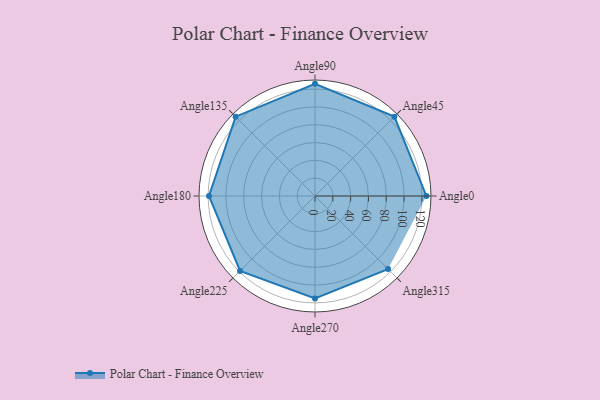
{"axis": {"x": "Angle", "y": "Radius"}, "legend": [""], "data": [{"x": "Angle0", "y": 125.0, "type": ""}, {"x": "Angle45", "y": 126.0, "type": ""}, {"x": "Angle90", "y": 126.0, "type": ""}, {"x": "Angle135", "y": 126.0, "type": ""}, {"x": "Angle180", "y": 119.0, "type": ""}, {"x": "Angle225", "y": 119.0, "type": ""}, {"x": "Angle270", "y": 115.0, "type": ""}, {"x": "Angle315", "y": 116.0, "type": ""}]}